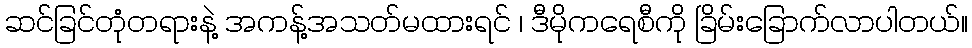
ဆင်ခြင်တုံတရားနဲ့ အကန့်အသတ်မထားရင် ၊ ဒီမိုကရေစီကို ခြိမ်းခြောက်လာပါတယ်။